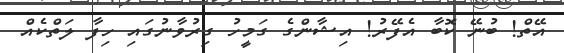
އޭތް! ބުނޭ ކޮބާ އެފޭރު! އިޝާންގެ ގަމީހު ގިރުވާނުގައި ހިފާ ލަތްކެއް